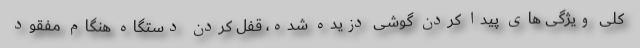
کلی ویژگی های پیدا کردن گوشی دزیده شده، قفل کردن دستگاه هنگام مفقود